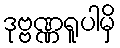
ဒုဗ္ဗဏ္ဏရူပါမှိ